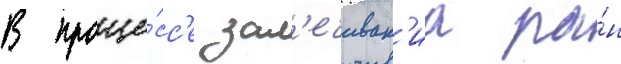
В проце́сс'е зал'ечиван'иа ра́н